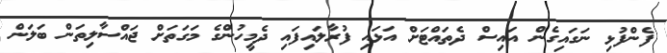
ފެންފުޅި ނަގައިގެން އައިސް ދެތައްޓަށް އަޅައި ފުރާލައިފައި ދެމީހުންގެ މަގަތަށް ޖައްސާލިތަން ބަލަން